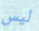
ليس